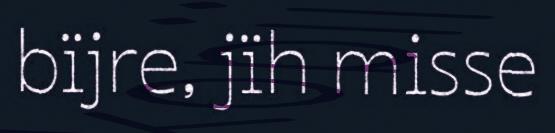
bïjre, jïh misse